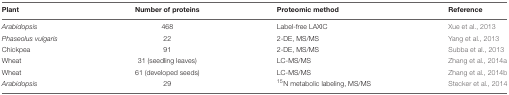
<table><thead><tr><td><b>Plant</b></td><td><b>Number of proteins</b></td><td><b>Proteomic method</b></td><td><b>Reference</b></td></tr></thead><tbody><tr><td><i>Arabidopsis</i></td><td>468</td><td>Label-free LAXIC</td><td>Xue et al., 2013</td></tr><tr><td><i>Phaseolus vulgaris</i></td><td>22</td><td>2-DE, MS/MS</td><td>Yang et al., 2013</td></tr><tr><td>Chickpea</td><td>91</td><td>2-DE, MS/MS</td><td>Subba et al., 2013</td></tr><tr><td>Wheat</td><td>31 (seedling leaves)</td><td>LC-MS/MS</td><td>Zhang et al., 2014a</td></tr><tr><td>Wheat</td><td>61 (developed seeds)</td><td>LC-MS/MS</td><td>Zhang et al., 2014b</td></tr><tr><td><i>Arabidopsis</i></td><td>29</td><td><sup>15</sup>N metabolic labeling, MS/MS</td><td>Stecker et al., 2014</td></tr></tbody></table>